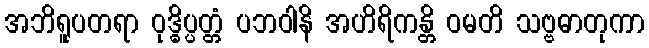
အဘိရူပတရာ ဝုဒ္ဓိပ္ပတ္တံ ပဘဝါနိ အဟိရိကန္တိ ဝမတိ သဗ္ဗဓာတုကာ